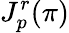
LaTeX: J_{p}^{r}(\pi)